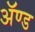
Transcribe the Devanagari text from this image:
ॲण्‍ड